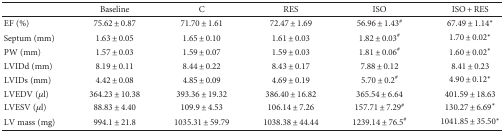
<table><thead><tr><td></td><td><b>Baseline</b></td><td><b>C</b></td><td><b>RES</b></td><td><b>ISO</b></td><td><b>ISO + RES</b></td></tr></thead><tbody><tr><td>EF (%)</td><td>75.62 ± 0.87</td><td>71.70 ± 1.61</td><td>72.47 ± 1.69</td><td>56.96 ± 1.43<sup>#</sup></td><td>67.49 ± 1.14<sup>∗</sup></td></tr><tr><td>Septum (mm)</td><td>1.63 ± 0.05</td><td>1.65 ± 0.10</td><td>1.61 ± 0.03</td><td>1.82 ± 0.03<sup>#</sup></td><td>1.70 ± 0.02<sup>∗</sup></td></tr><tr><td>PW (mm)</td><td>1.57 ± 0.03</td><td>1.59 ± 0.07</td><td>1.59 ± 0.03</td><td>1.81 ± 0.06<sup>#</sup></td><td>1.60 ± 0.02<sup>∗</sup></td></tr><tr><td>LVIDd (mm)</td><td>8.19 ± 0.11</td><td>8.44 ± 0.22</td><td>8.43 ± 0.17</td><td>7.88 ± 0.12</td><td>8.41 ± 0.23</td></tr><tr><td>LVIDs (mm)</td><td>4.42 ± 0.08</td><td>4.85 ± 0.09</td><td>4.69 ± 0.19</td><td>5.70 ± 0.2<sup>#</sup></td><td>4.90 ± 0.12<sup>∗</sup></td></tr><tr><td>LVEDV (<i>μ</i>l)</td><td>364.23 ± 10.38</td><td>393.36 ± 19.32</td><td>386.40 ± 16.82</td><td>365.54 ± 6.64</td><td>401.59 ± 18.63</td></tr><tr><td>LVESV (<i>μ</i>l)</td><td>88.83 ± 4.40</td><td>109.9 ± 4.53</td><td>106.14 ± 7.26</td><td>157.71 ± 7.29<sup>#</sup></td><td>130.27 ± 6.69<sup>∗</sup></td></tr><tr><td>LV mass (mg)</td><td>994.1 ± 21.8</td><td>1035.31 ± 59.79</td><td>1038.38 ± 44.44</td><td>1239.14 ± 76.5<sup>#</sup></td><td>1041.85 ± 35.50<sup>∗</sup></td></tr></tbody></table>